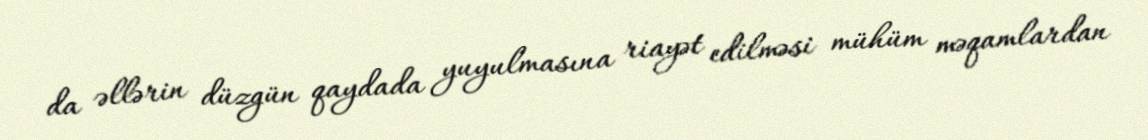
da əllərin düzgün qaydada yuyulmasına riayət edilməsi mühüm məqamlardan